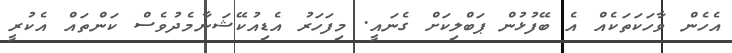
އެހެން ވާހަކަތަކެއް އެ ބޭފުޅުން ޕަބްލިކަަށް ގެނައީ. މިފަހަރު އެޑިއުކޭޝަނާމެދުވެސް ކަންތައް އެކުރީ